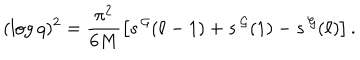
( \log q ) ^ { 2 } = \frac { \pi ^ { 2 } } { 6 M } \left[ s ^ { \, \cal G } ( \ell - 1 ) + s ^ { \, \cal G } ( 1 ) - s ^ { \, \cal G } ( \ell ) \right] .